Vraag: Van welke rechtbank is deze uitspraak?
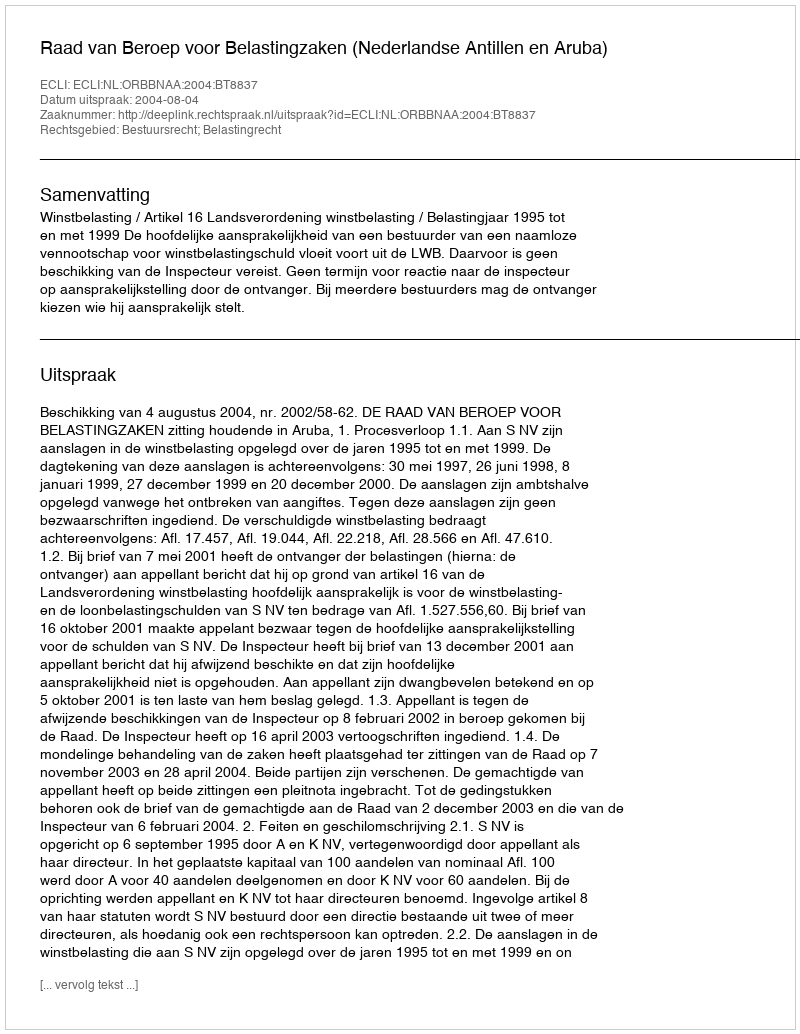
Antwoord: Raad van Beroep voor Belastingzaken (Nederlandse Antillen en Aruba)